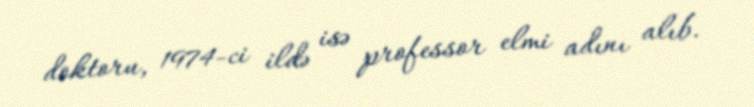
doktoru, 1974-ci ildə isə professor elmi adını alıb.